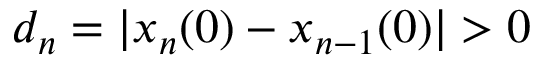
d _ { n } = | x _ { n } ( 0 ) - x _ { n - 1 } ( 0 ) | > 0